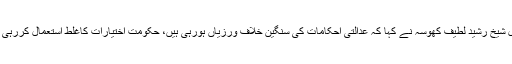
وکیل شیخ رشید لطیف کھوسہ نے کہا کہ عدالتی احکامات کی سنگین خلاف ورزیاں ہورہی ہیں، حکومت اختیارات کاغلط استعمال کررہی ہے۔